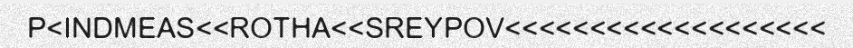
P<INDMEAS<<ROTHA<<SREYPOV<<<<<<<<<<<<<<<<<<<